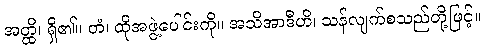
အတ္ထိ၊ ရှိ၏။ တံ၊ ထိုအဖွဲ့ပေါင်းကို။ အသိအာဒီဟိ၊ သန်လျက်စသည်တို့ဖြင့်။